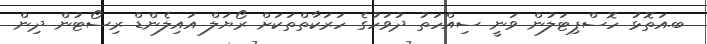
ބ.އަތޮޅު ހޮސްޕިޓަލުން ވަނީ ސިއްހަތު ދުވަހުގެ ހަރަކާތްތަކަށް ރޯޔަލް އައިލެންޑް ރިސޯޓުން ދިން